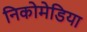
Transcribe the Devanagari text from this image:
निकोमेडिया